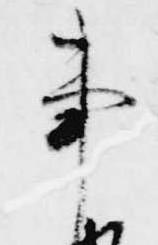
事